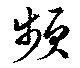
頻